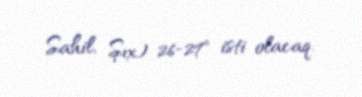
Sahil, Şıx) 26-27° isti olacaq.